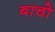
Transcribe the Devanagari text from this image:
बाचो